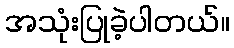
အသုံးပြုခဲ့ပါတယ်။